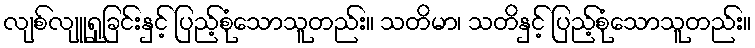
လျစ်လျူရှုခြင်းနှင့် ပြည့်စုံသောသူတည်း။ သတိမာ၊ သတိနှင့် ပြည့်စုံသောသူတည်း။